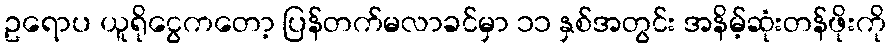
ဥရောပ ယူရိုငွေကတော့ ပြန်တက်မလာခင်မှာ ၁၁ နှစ်အတွင်း အနိမ့်ဆုံးတန်ဖိုးကို